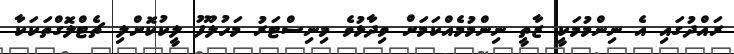
ރައްދުގައި އެ ނިންމުމަކީ ޒާތީ ނިންމުމެއްކަމަށް ވިދާޅުވެ މިނިސްޓަރު މަހުލޫފު ލީކުކޮށްލި ޗެޓްލޮގްތަކަކާ